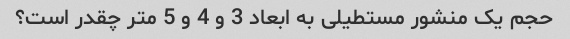
حجم یک منشور مستطیلی به ابعاد 3 و 4 و 5 متر چقدر است؟